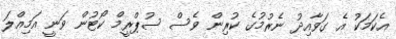
އެކަމަކު އެ ގަވާއިދު ނެރުމުގެ ކުރިން ވެސް ސުޕްރީމް ކޯޓުން ވަނީ އަމިއްލަ